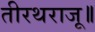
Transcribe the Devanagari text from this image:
तीरथराजू॥